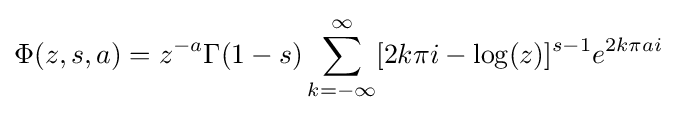
\Phi (z,s,a)=z^{-a}\Gamma (1-s)\sum _{k=-\infty }^{\infty }[2k\pi i-\log(z)]^{s-1}e^{2k\pi ai}